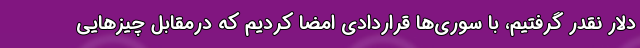
دلار نقدر گرفتیم، با سوری‌ها قراردادی امضا کردیم که درمقابل چیزهایی